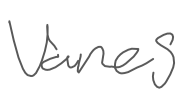
Text: vanes
Cross-out: clean
Writing tool: digital_gray